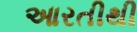
આરતીથી